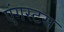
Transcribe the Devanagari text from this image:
एंगस्टस